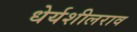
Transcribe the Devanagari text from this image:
धेर्यशीलराव